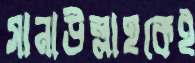
সানাউল্লাহকেই